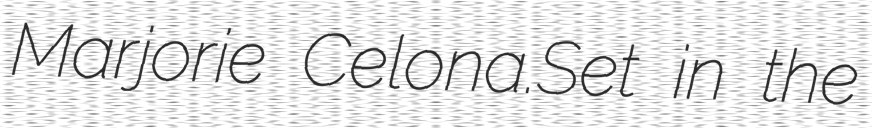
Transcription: Marjorie Celona.Set in the